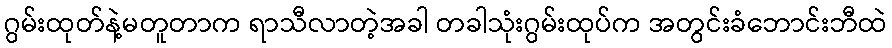
ဂွမ်းထုတ်နဲ့မတူတာက ရာသီလာတဲ့အခါ တခါသုံးဂွမ်းထုပ်က အတွင်းခံဘောင်းဘီထဲ